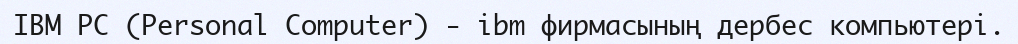
IBM PC (Personal Computer) - ibm фирмасының дербес компьютері.